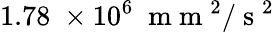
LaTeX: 1.78\; \times 10^{6}\; \mathrm{~m~m~}^{2}/\mathrm{~s~}^{2}